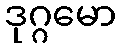
ဒုဂ္ဂမော